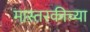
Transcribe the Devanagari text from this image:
मास्तरकीच्या